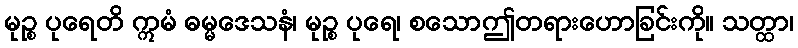
မုဉ္စ ပုရေတိ ဣမံ ဓမ္မဒေသနံ၊ မုဉ္စ ပုရေ၊ စသောဤတရားဟောခြင်းကို။ သတ္ထာ၊